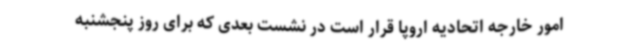
امور خارجه اتحادیه اروپا قرار است در نشست بعدی که برای روز پنجشنبه